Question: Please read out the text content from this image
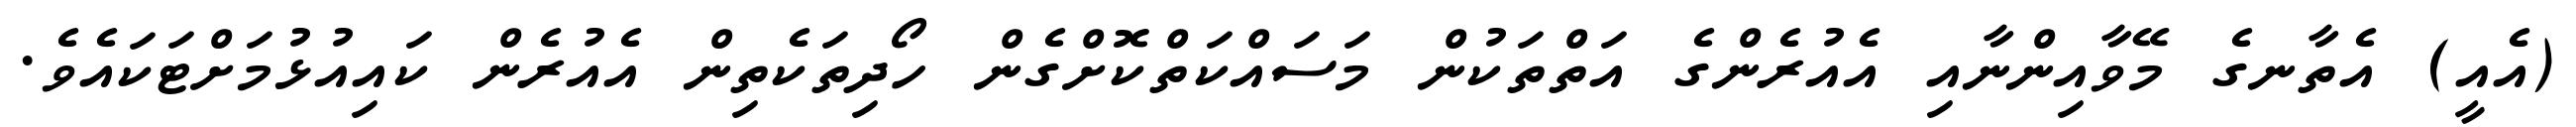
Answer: (އެއީ) އެތާނގެ މޭވާއިންނާއި އެއުރެންގެ އަތްތަކުން މަސައްކަތްކޮށްގެން ހޯދިތަކެތިން އެއުރެން ކައިއުޅުމަށްޓަކައެވެ.